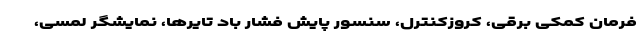
فرمان کمکی برقی، کروزکنترل، سنسور پایش فشار باد تایرها، نمایشگر لمسی،